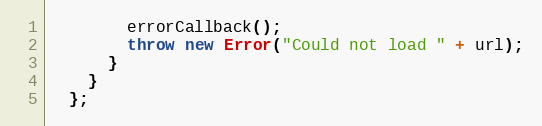
Language: JavaScript
        errorCallback();
        throw new Error("Could not load " + url);
      }
    }
  };